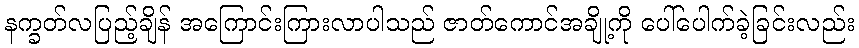
နက္ခတ်လပြည့်ချိန် အကြောင်းကြားလာပါသည် ဇာတ်ကောင်အချို့ကို ပေါ်ပေါက်ခဲ့ခြင်းလည်း